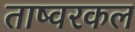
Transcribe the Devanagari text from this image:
ताष्वरकल